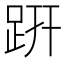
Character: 趼